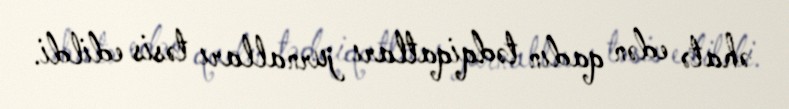
əhatə edən qadın tədqiqatları jurnalları təsis edildi.